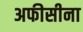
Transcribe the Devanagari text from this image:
अफीसीना